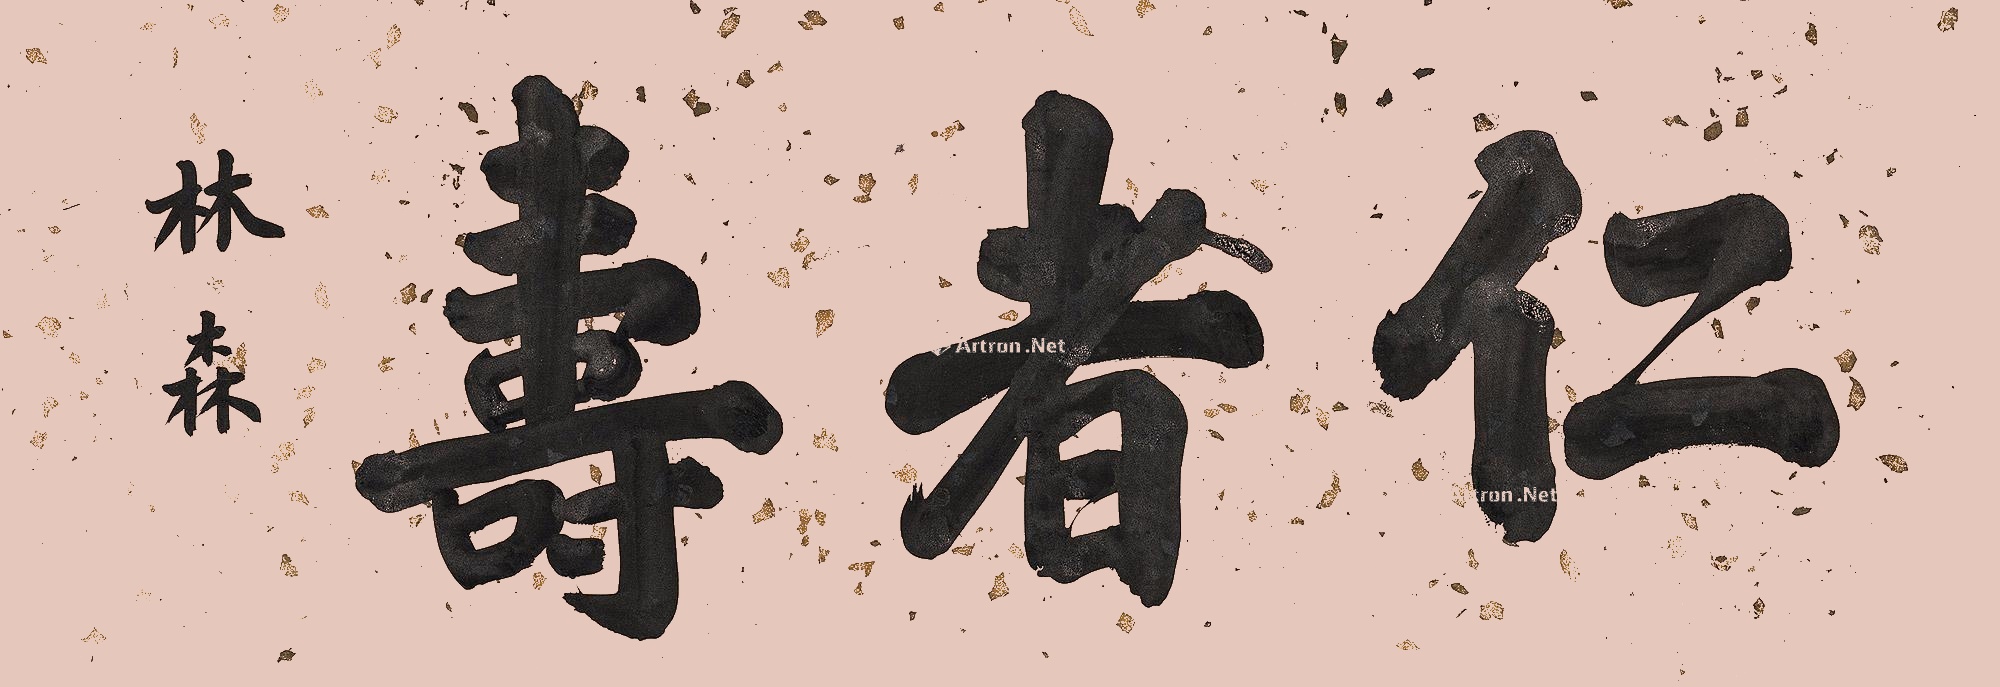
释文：仁者寿林森